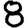
Digit: 8